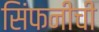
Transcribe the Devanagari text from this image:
सिंफनीची